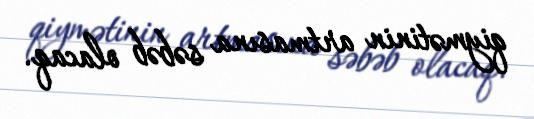
qiymətinin artmasına səbəb olacaq.